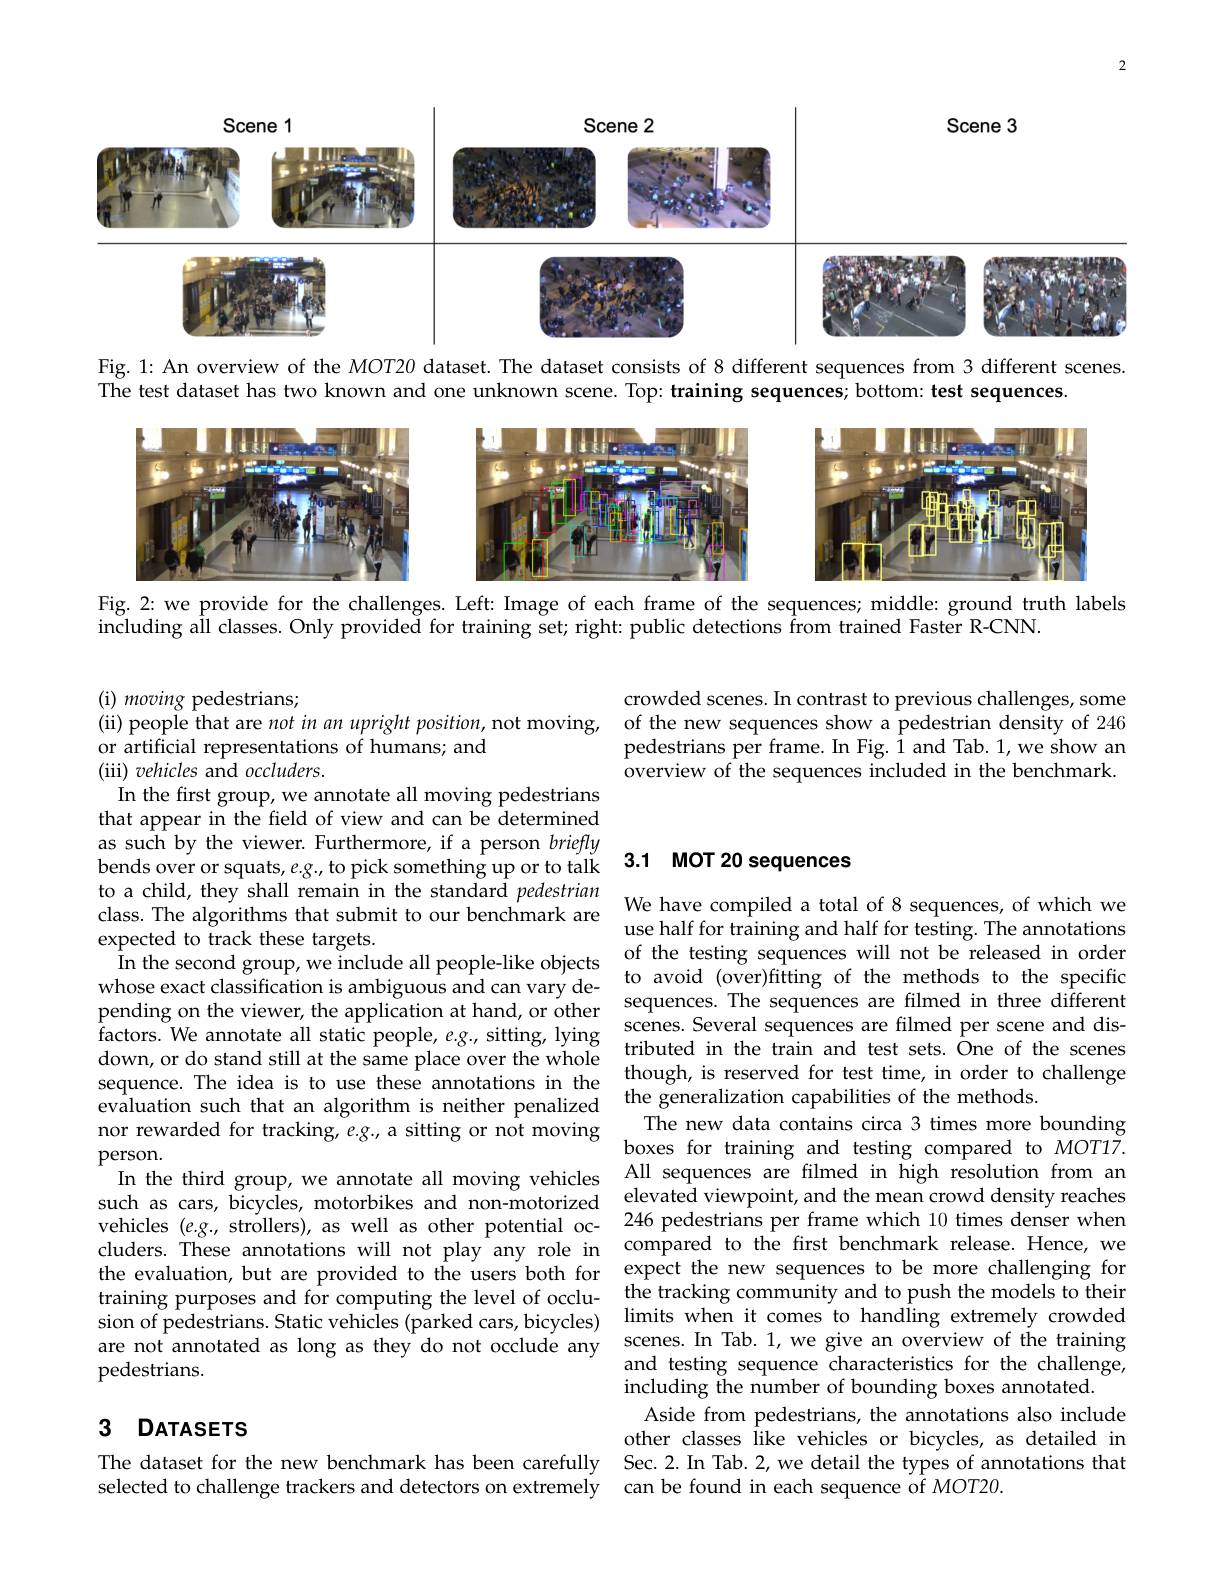
2

<FigureHere>

Fig. 1: An overview of the MOT20 dataset. The dataset consists of 8 different sequences from 3 different scenes.
The test dataset has two known and one unknown scene. Top: training sequences; bottom: test sequences

<FigureHere>

Fig. 2: we provide for the challenges. Left: Image of each frame of the sequences; middle: ground truth labels
including aÎl classes. Only provided for training set; right: public detections from trained Faster R-CNN.

crowded scenes. In contrast to previous challenges, some of the new sequences show a pedestrian density of 246 pedestrians per frame. In Fig. Î and Tab. 1, we show an overview of the sequences included in the benchmark.

# bends over or squats, e.g. to pick something up or to talk 3.1 MOT 20 sequences

(i) moving pedestrians;
(ii) people that are not in an upright position, not moving,
or artificial representations of humans; and
(iii) vehicles and occluders.
In the first group, we annotate all moving pedestrians that appear in the field of view and can be determined as such by the viewer. Furthermore, if a person briefly to a child, they shall remain in the standard pedestrian to a cmlu, they snali reman In the startaard peuesrran We have compiled a total of 8 sequences, of which we class. The algorithms that submit to our benchmark are we balf for trinins and bolf f for cotins Th omathion
expected to track these targets.
In the second group, we incl whose exact classification is ambiguous and can vary depending on the viewer, the a
factors. We annotate all sta down, or do stand still at t sequence. The idea is to use
nor rewarded for tracking, e
person.
In the third group, we annot
such as cars, bicycles, moto
vehicles $(e.g..$ strollers) cluders. These annotations w the evaluation, but are prov
training purposes and for co sion of pedestrians. Static vehicles (parked car pedestrians.

use half for training and half for testing. The annotations of the testing sequences wil to avoid (over)fitting of the methods to the specific scenes. Several sequences are filmed per scene and distributed in the train and test sets. Ône of the scenes though, is reserved for test time, in order to challenge The new data contains circa 3 times more bounding boxes for training and testing compared to MOT17. elevated viewpoint, and the mean crowd density reaches expect the new sequences to be more challenging for limits when it comes to handling extremely crowded and testing sequence characteristics for the challenge, including the number of bounding boxes annotated.
Aside from pedestrians, the annotations also include other classes Îike vehicles or bicycles, as detailed in
The dataset for the new benchmark has been carefully Sec.2.In Tab.2,we detail the types of annotations that
can be found in each sequence of MOT20.

### 3 DATASETS

selected to challenge trackers and detectors on extremely